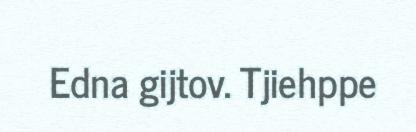
Edna gijtov. Tjiehppe